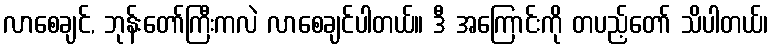
လာစေချင်, ဘုန်းတော်ကြီးကလဲ လာစေချင်ပါတယ်။ ဒီ အကြောင်းကို တပည့်တော် သိပါတယ်၊